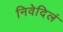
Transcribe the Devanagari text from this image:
निवेदिलं